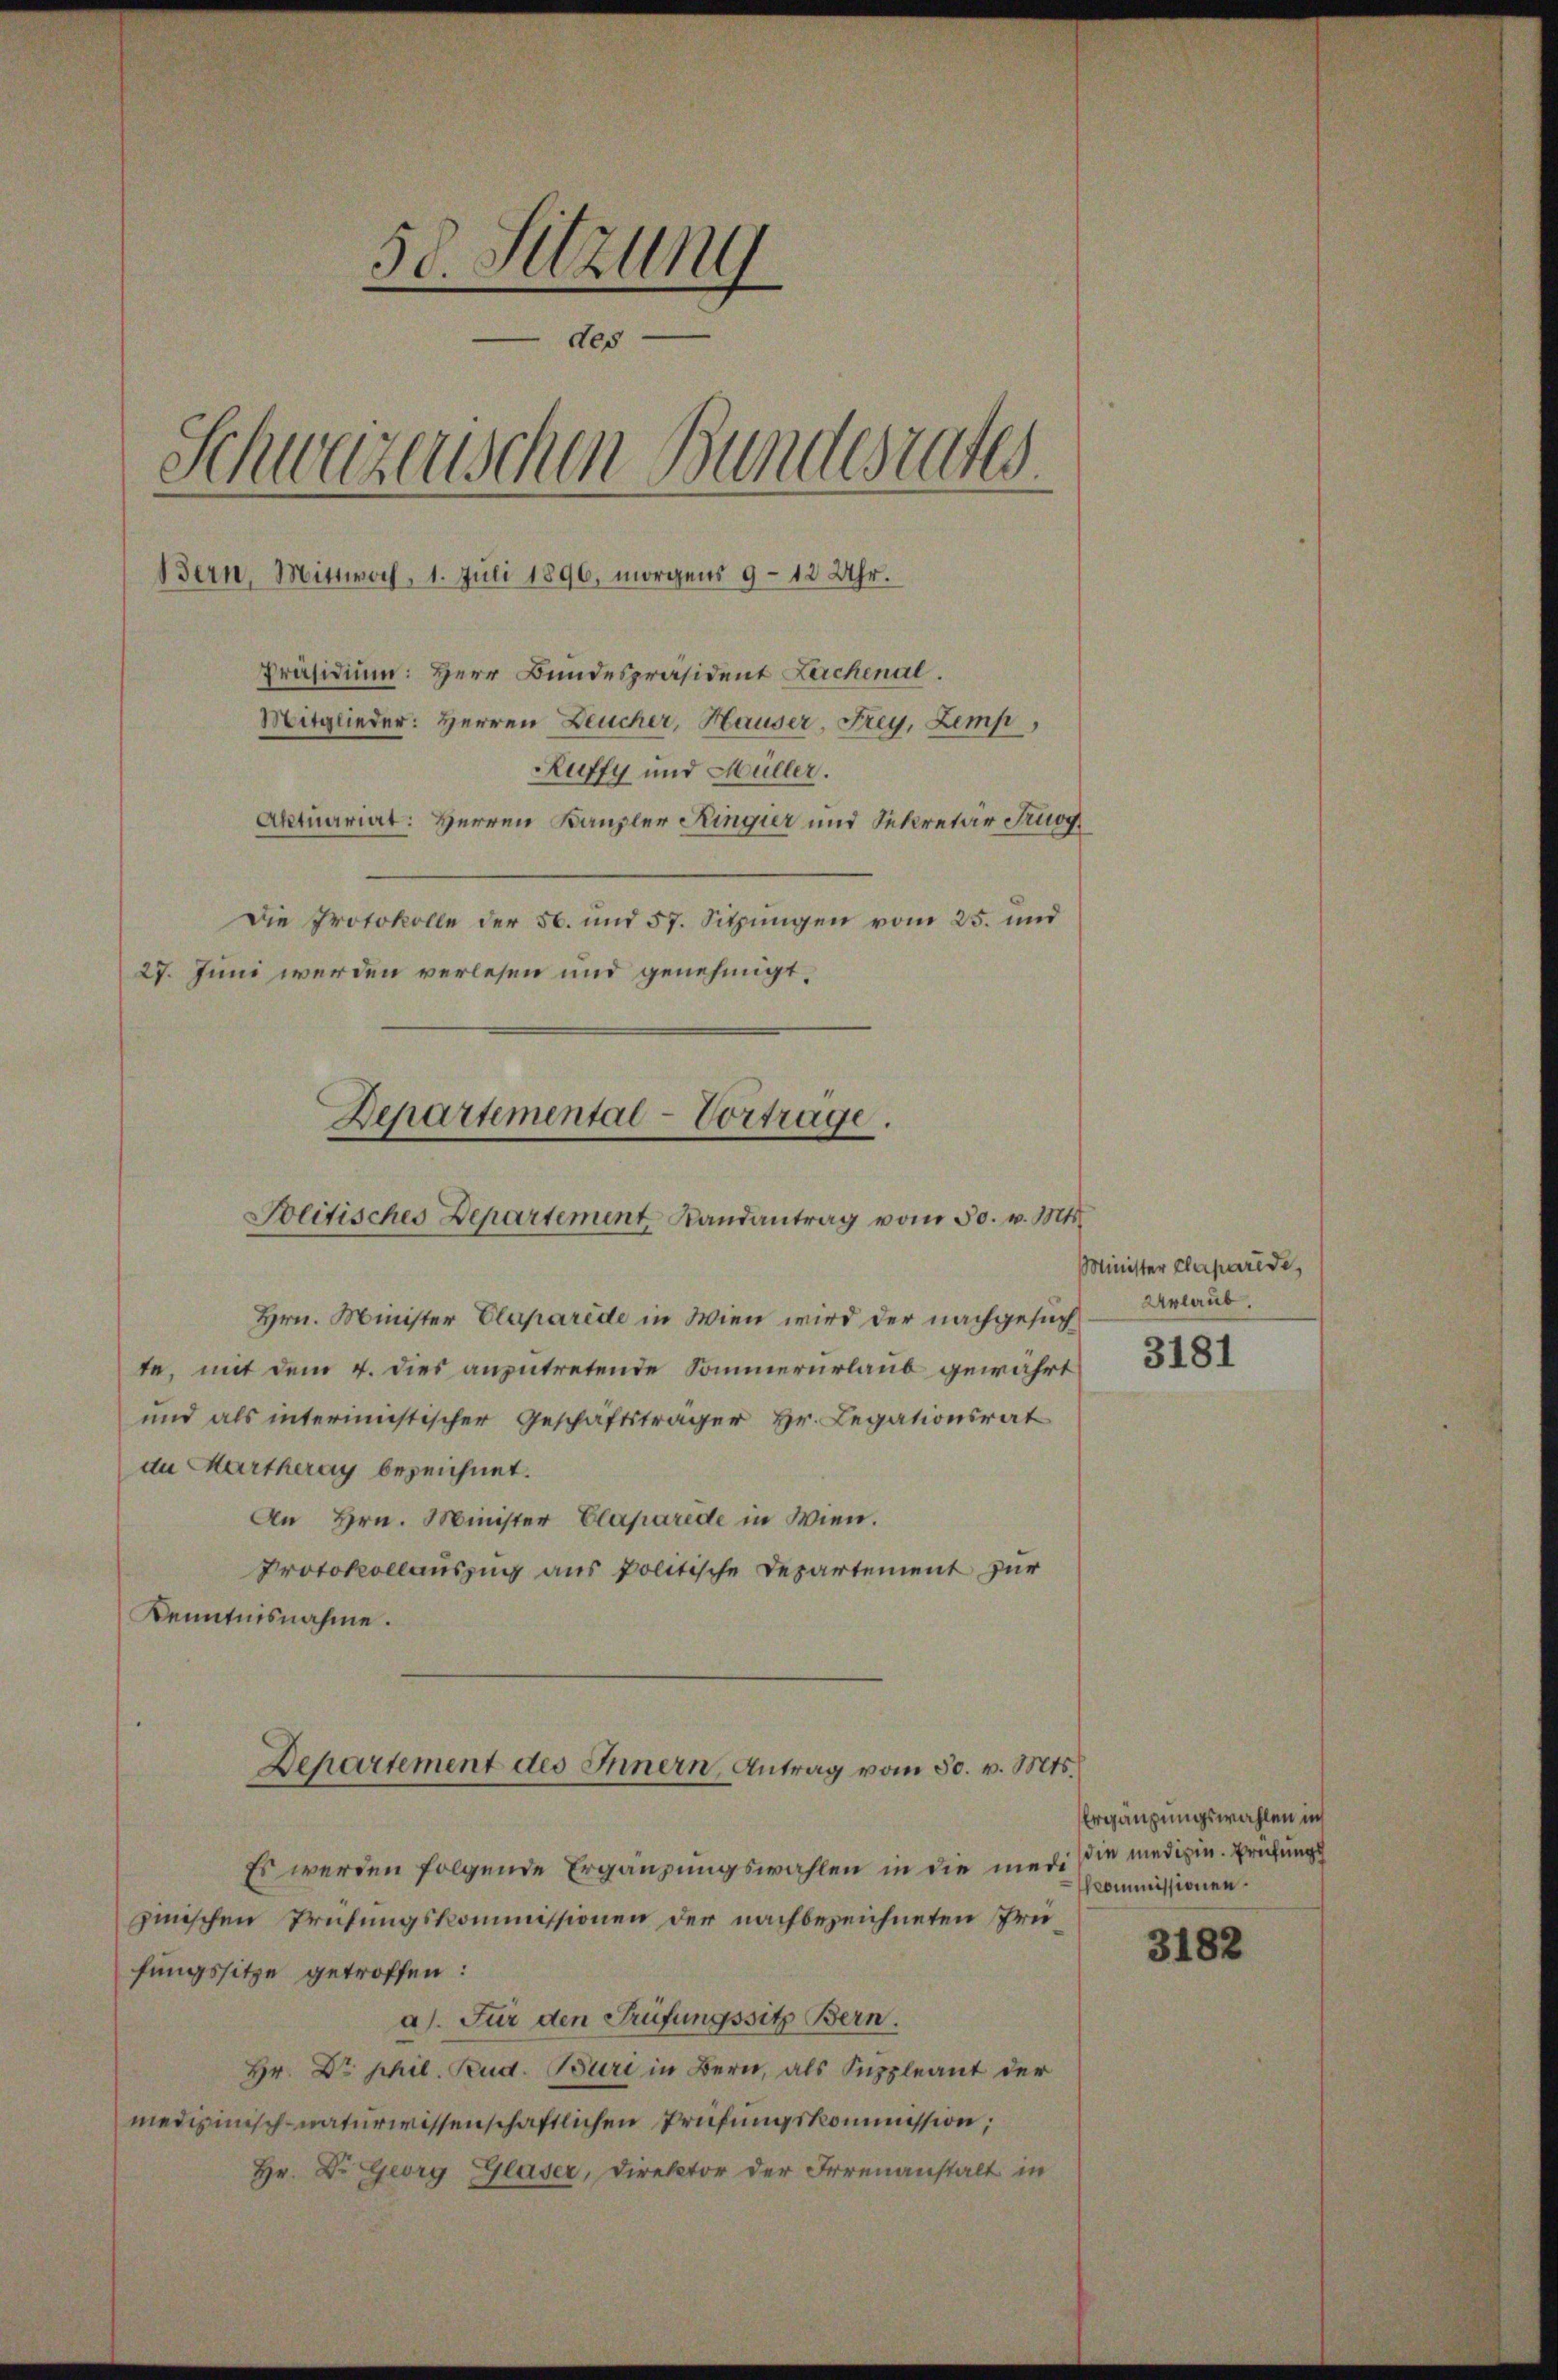
50. Sitzung
 des
Schweizerischen Bundesrates
Bern, Mittwoch, 1. Juli 1896, morgens 9 - 12 Uhr.
Präsidium: Herr Bundespräsident Lerchenal.
Mitglieder: Herren Deucher, Hauser, Frey, Zemp,
Ruffy und Müller.
Aktuariat: Herren Kanzler Ringier und Sekretär Tugg
Die Protokolle der 50. und 57. Sitzungen vom 25. und
27. Juni werden verlesen und genehmigt.

Departemental-Vortrage.
Politisches Departement Landantrag vom 30. v. Mts.

Hrn. Minister Claparede in Wien wird der nachgesuc
te, mit dem 4. dies anzutretende Sommerurlaub gewahrt
und als interimistischer Geschäftsträger Hr. Legationsrat
da Martheray bezeichnet.
An Hrn. Minister Claparede in Wien.
Protokollauszug aus politische Departement zur
Kenntnisnahme.
Departement des Innern, Antrag vom 30. v. Mts.
Es werden folgende Ergänzungswahlen in die medi sie medizin. Prüfungs
zinischen Prüfungskommissionen der nachbezeichneten Prüfungssitze getroffen:
a). Für den Prüfungssitz Bern.
Hr. Dr. phil. Rud. Buri in Bern, als Suppleant der
medizinisch-naturwissenschaftlichen Prüfungskommission;
Hr. Dr. Georg Glaser, Direktor der Irrenanstalt in

Minister Caparide,
Urlaub.
3181

Ergänzungswahlen in
Mommissionen.

3182